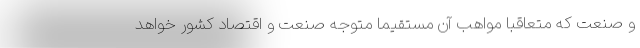
و صنعت که متعاقبا مواهب آن مستقیما متوجه صنعت و اقتصاد کشور خواهد